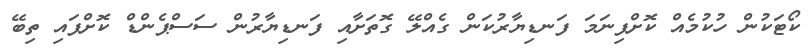
ކޯޓަކުން ހުކުމެއް ކޮށްފިނަމަ ފަނޑިޔާރުކަން ގެއްލޭ ގޮތަށާއި ފަނޑިޔާރުން ސަސްޕެންޑް ކޮށްފައި ތިބޭ